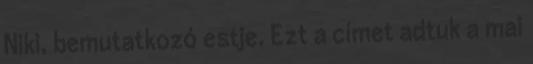
Niki, bemutatkozó estje. Ezt a címet adtuk a mai